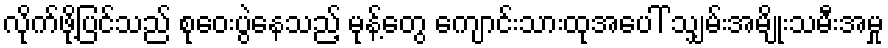
လိုက်ဖို့ပြင်သည် စုဝေးပွဲနေသည့် မုန့်တွေ ကျောင်းသားထုအပေါ် သျှမ်းအမျိုးသမီးအမှု